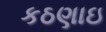
કઠણાઇ